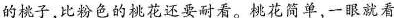
的桃子，比粉色的挑花还要耐看。桃花简单，一眼就看